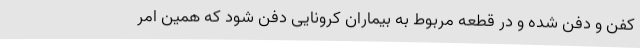
کفن و دفن شده و در قطعه مربوط به بیماران کرونایی دفن شود که همین امر